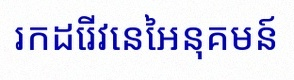
រកដេរីវេនៃអនុគមន៍